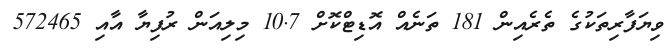
ވިޔަފާރިތަކުގެ ތެރެއިން 181 ތަނެއް އޮޑިޓްކޮށް 10.7 މިލިއަން ރުފިޔާ އާއި 572465